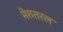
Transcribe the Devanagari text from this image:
मेरुतरल